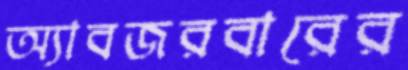
অ্যাবজরবারের